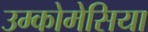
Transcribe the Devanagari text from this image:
उम्कोमेसिया